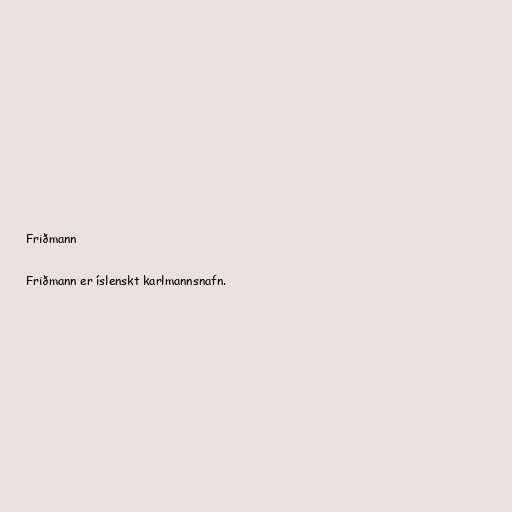
Friðmann

Friðmann er íslenskt karlmannsnafn.